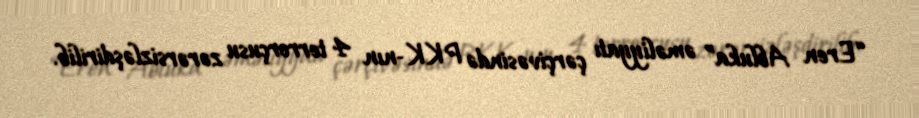
“Eren Abluka” əməliyyatı çərçivəsində PKK-nın 4 terrorçusu zərərsizləşdirilib.